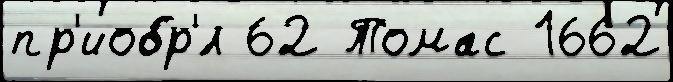
пр'иобр'́л 62 Томас 1662